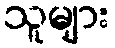
သူများ